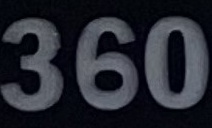
360